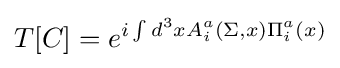
T[C]=e^{i\int d^{3}xA_{i}^{a}(\Sigma ,x)\Pi _{i}^{a}(x)}